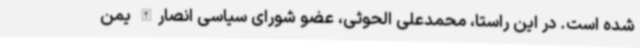
شده است. در این راستا، محمدعلی الحوثی، عضو شورای سیاسی انصارالله یمن